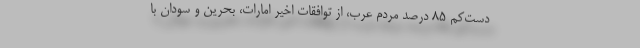
دست‌کم 85 درصد مردم عرب، از توافقات اخیر امارات، بحرین و سودان با